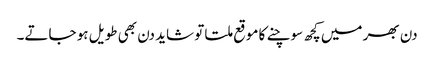
دن بھر میں کچھ سوچنے کا موقع ملتا تو شاید دن بھی طویل ہو جاتے۔